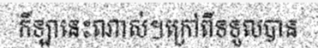
កីឡានេះណាស់។ក្រៅពីទទួលបាន